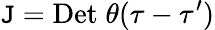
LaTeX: \mathtt{J}=\mathrm{{Det}}\; \theta(\tau-\tau^{\prime})